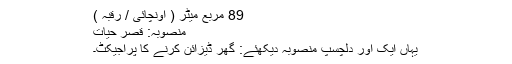
89 مربع میٹر ( اونچائی / رقبہ )
منصوبہ: قصر حیات
یہاں ایک اور دلچسپ منصوبہ دیکھئے: گھر ڈیزائن کرنے کا پراجیکٹ۔